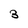
Character: 3